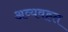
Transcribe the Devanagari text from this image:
अव्यवह्त